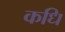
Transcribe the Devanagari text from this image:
कधि